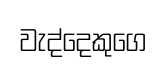
වැද්දෙකුගෙ